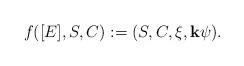
LaTeX: \begin{align*}f([E],S,C):=(S,C,\xi,\mathbf{k}\psi).\end{align*}